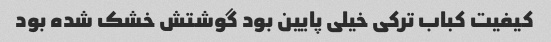
کیفیت کباب ترکی خیلی پایین بود گوشتش خشک شده بود